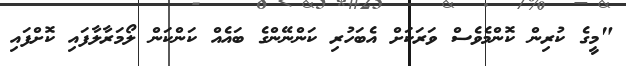
"މީގެ ކުރިން ކޮންމެވެސް ވަރަކަށް އެބަހުރި ކަންނޭންގެ ބައެއް ކަންކަން ލޯމަރާލާފައި ކޮށްފައި